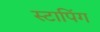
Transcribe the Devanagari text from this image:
स्टापिंग